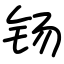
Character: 钖